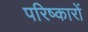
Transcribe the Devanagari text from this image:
परिष्कारों